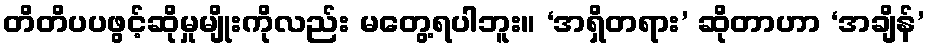
တိတိပပဖွင့်ဆိုမှုမျိုးကိုလည်း မတွေ့ရပါဘူး။ ‘အရှိတရား’ ဆိုတာဟာ ‘အချိန်’